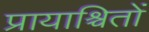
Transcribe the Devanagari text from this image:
प्रायाश्चितों